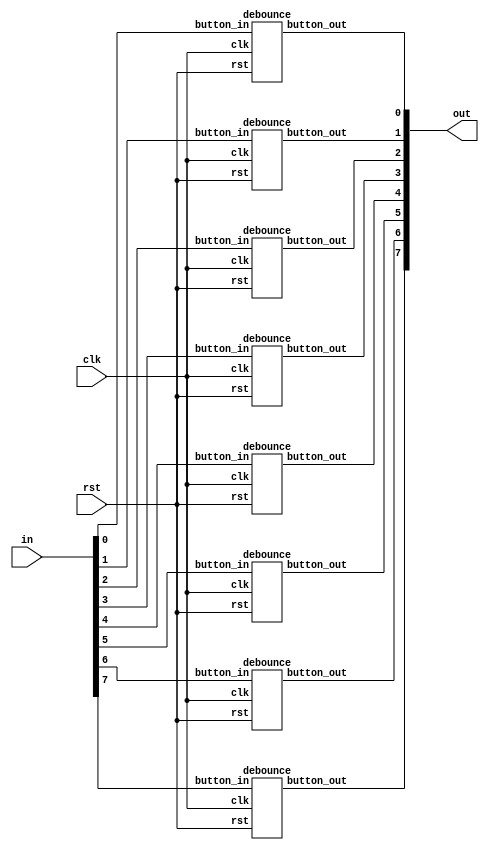
//-----------------------------------------------------------------------------------
// DESCRIPTION   :  Debouncer
//                  Enable (EN) active                : high
//                  Outputs (data_out) active         : low
//-----------------------------------------------------------------------------------
module debounceinone(clk, rst, in, out);
input clk, rst;
input [7:0] in;
output [7:0] out;
debounce d0(clk, rst, in[0], out[0]);
debounce d1(clk, rst, in[1], out[1]);
debounce d2(clk, rst, in[2], out[2]);
debounce d3(clk, rst, in[3], out[3]);
debounce d4(clk, rst, in[4], out[4]);
debounce d5(clk, rst, in[5], out[5]);
debounce d6(clk, rst, in[6], out[6]);
debounce d7(clk, rst, in[7], out[7]);
endmodule

module debounce(clk, rst, button_in, button_out);
  input clk, rst, button_in;
  output button_out;
  wire a, b, c, d;
  assign d=~button_in;
  D_FF dff0(c, b, clk, rst);
  D_FF dff1(b, a, clk, rst);
  D_FF dff2(a, d, clk, rst); 
  and(button_out, a, b, c);
  endmodule
    
  module D_FF(q, d, clk, rst);
    output reg q;
    input d, clk, rst;
    
    always @(negedge clk or negedge rst)
    if (!rst)
      q <= 1'b0;
    else 
      q <= d;
    endmodule